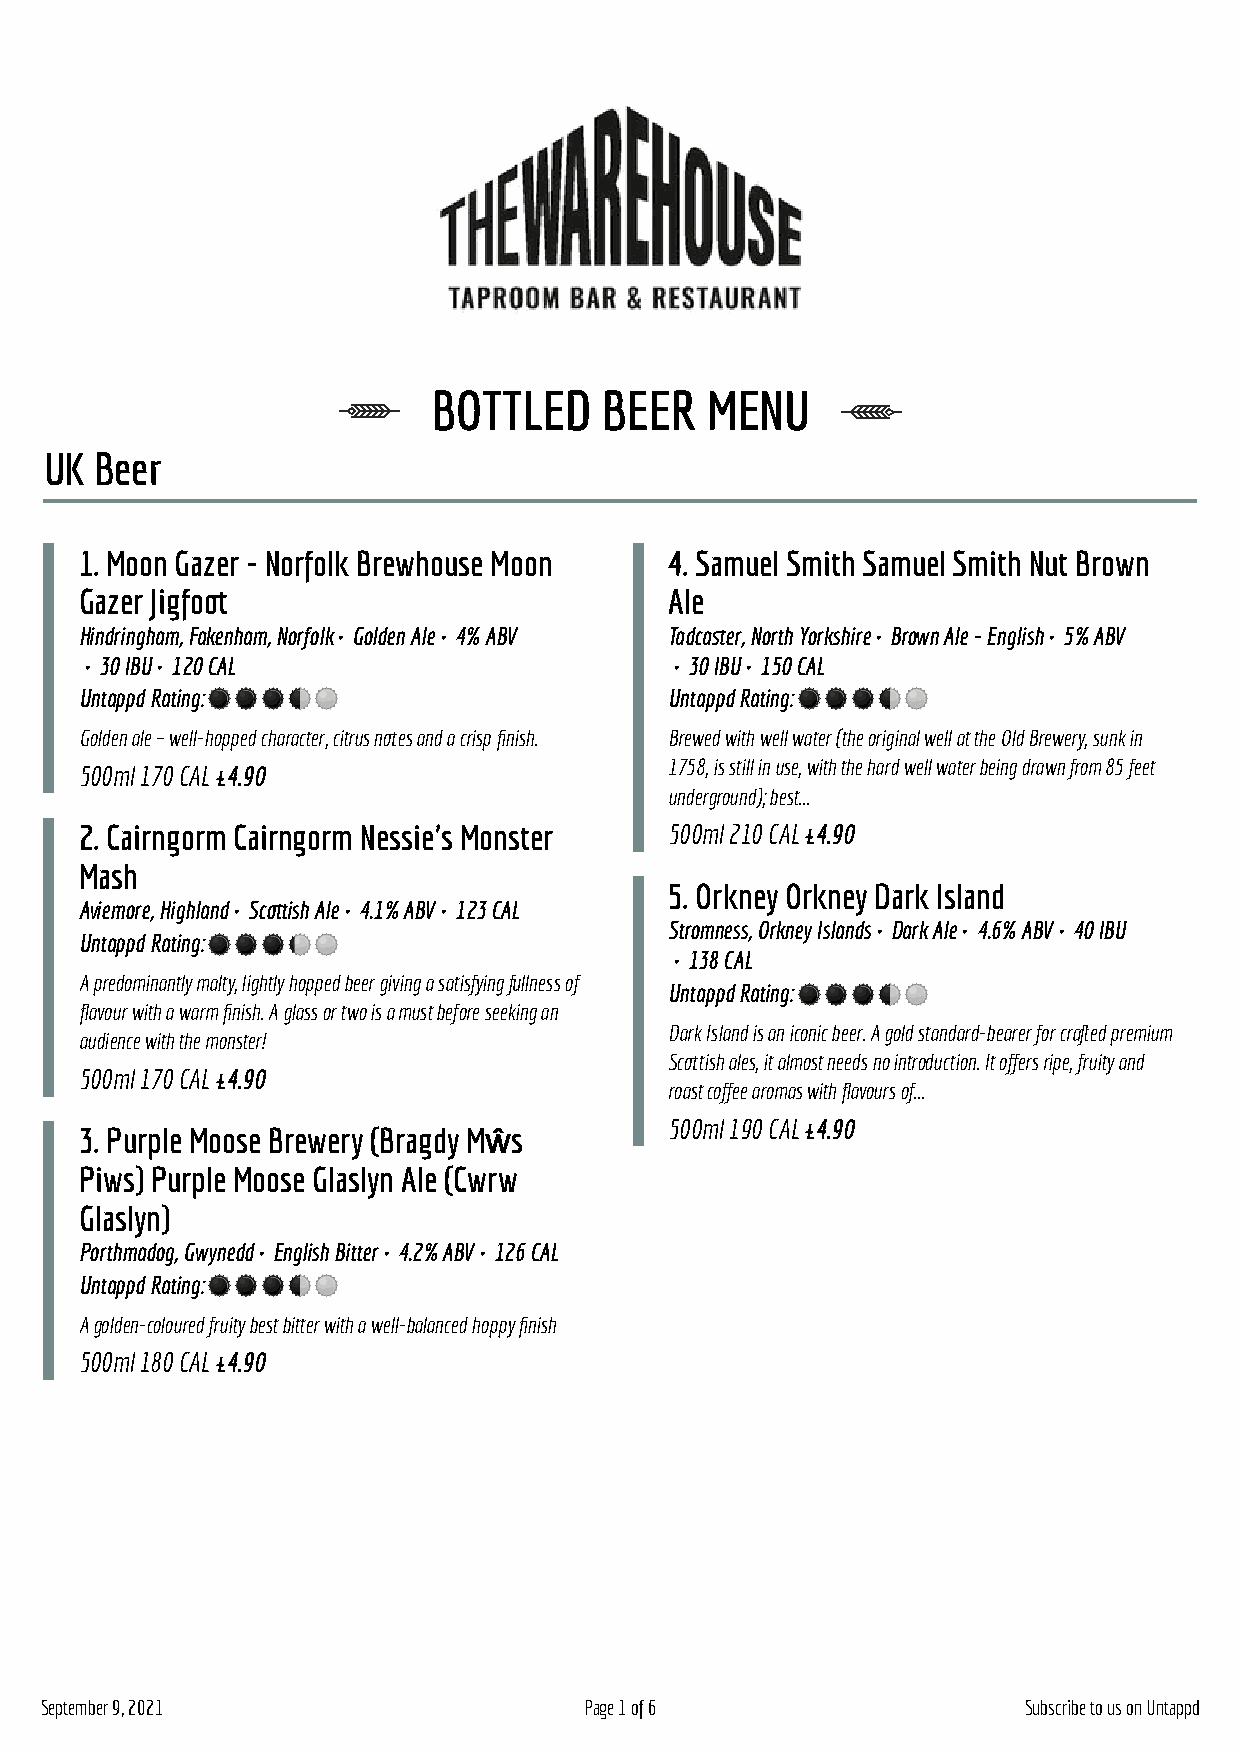
BOTTLED    BEER   MENU
 UK Beer
 1. Moon Gazer - Norfolk Brewhouse Moon 4. Samuel Smith Samuel Smith Nut Brown
 Gazer Jigfoot                          Ale
 Hindringham, Fakenham, Norfolk• Golden Ale• 4% ABV Tadcaster, North Yorkshire• Brown Ale - English• 5% ABV
 • 30 IBU• 120 CAL                      • 30 IBU• 150 CAL
 Untappd Rating:                        Untappd Rating:
 Golden ale – well-hopped character, citrus notes and a crisp finish. Brewed with well water (the original well at the Old Brewery, sunk in
 500ml170 CAL£4.90                      1758, is still in use, with the hard well water being drawn from 85 feet
 underground); best...
 2. Cairngorm Cairngorm Nessie's Monster 500ml210 CAL£4.90
 Mash
 5. Orkney Orkney Dark Island
 Aviemore, Highland• Scottish Ale• 4.1% ABV• 123 CAL
 Stromness, Orkney Islands• Dark Ale• 4.6% ABV• 40 IBU
 Untappd Rating:
 • 138 CAL
 A predominantly malty, lightly hopped beer giving a satisfying fullness of
 Untappd Rating:
 flavour with a warm finish. A glass or two is a must before seeking an
 Dark Island is an iconic beer. A gold standard-bearer for crafted premium
 audience with the monster!
 Scottish ales, it almost needs no introduction. It offers ripe, fruity and
 500ml170 CAL£4.90
 roast coffee aromas with flavours of...
 500ml190 CAL£4.90
 3. Purple Moose Brewery (Bragdy Mŵŵs
 Piws) Purple Moose Glaslyn Ale (Cwrw
 Glaslyn)
 Porthmadog, Gwynedd• English Bitter• 4.2% ABV• 126 CAL
 Untappd Rating:
 A golden-coloured fruity best bitter with a well-balanced hoppy finish
 500ml180 CAL£4.90
 September 9, 2021                   Page 1 of 6                  Subscribe to us on Untappd